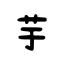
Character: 芋